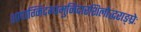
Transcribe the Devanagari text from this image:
शापाग्निदग्धमुनिदारशिलोद्धराङ्घ्रेः